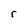
Character: r